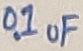
Text: 0.1uF